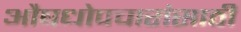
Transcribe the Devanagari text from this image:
औषधोपचारांसाठी